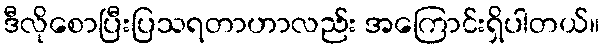
ဒီလိုစောပြီးပြသရတာဟာလည်း အကြောင်းရှိပါတယ်။